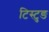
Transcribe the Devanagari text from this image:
टिस्टुङ